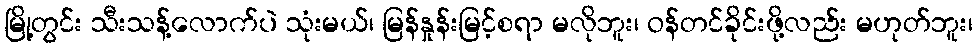
မြို့တွင်း သီးသန့်လောက်ပဲ သုံးမယ်၊ မြန်နှုန်းမြင့်စရာ မလိုဘူး၊ ဝန်တင်ခိုင်းဖို့လည်း မဟုတ်ဘူး၊